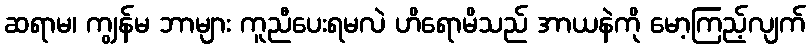
ဆရာမ၊ ကျွန်မ ဘာများ ကူညီပေးရမလဲ ဟိရောမိသည် အာယနဲကို မော့ကြည့်လျက်